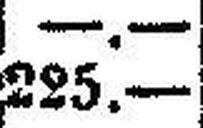
225.—